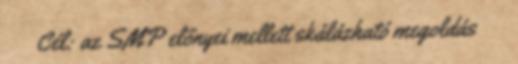
● Cél: az SMP előnyei mellett skálázható megoldás ●